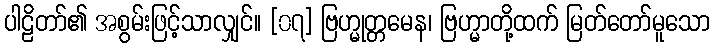
ပါဠိတာ်၏ အစွမ်းဖြင့်သာလျှင်။ [၀၇] ဗြဟ္မုတ္တမေန၊ ဗြဟ္မာတို့ထက် မြတ်တော်မူသော